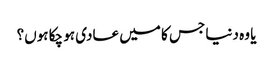
یا وہ دنیا جس کا میں عادی ہو چکا ہوں؟